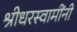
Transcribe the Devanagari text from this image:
श्रीधरस्वामींनी